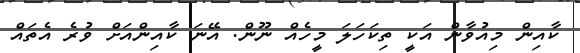
ކާއިން މިއުވާން އަކީ ތިކަހަލަ މީހެއް ނޫން. އޭނަ ކާއިންއަށް ވުރެ އެތައް